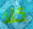
كلا